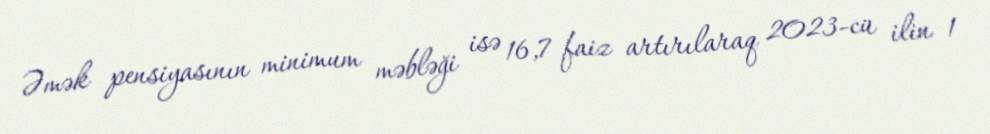
Əmək pensiyasının minimum məbləği isə 16,7 faiz artırılaraq 2023-cü ilin 1